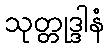
သုတ္တုဒ္ဒါနံ